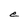
Character: e